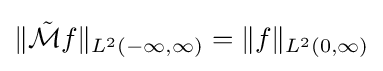
\|{\tilde {\mathcal {M}}}f\|_{L^{2}(-\infty ,\infty )}=\|f\|_{L^{2}(0,\infty )}